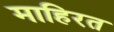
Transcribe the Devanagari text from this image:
माहिरत